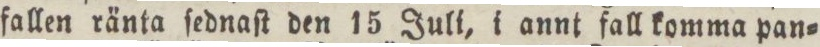
fallen ränta ſednaſt den 15 Juli, i annt fall komma pan=